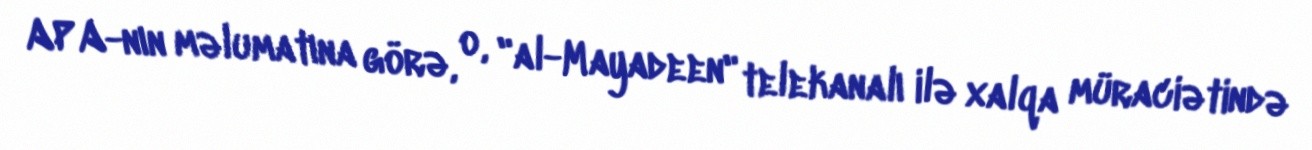
APA-nın məlumatına görə, o, "al-Mayadeen" telekanalı ilə xalqa müraciətində